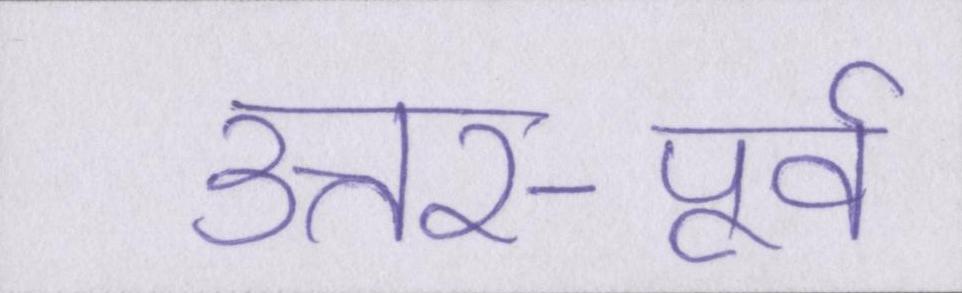
उत्तर-पूर्व